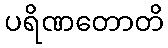
ပရိဏတောတိ